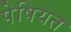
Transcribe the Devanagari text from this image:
पेषियत